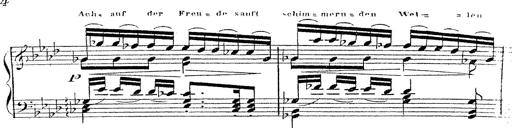
Title: 12 Lieder von Franz Schubert
Composer: Franz Liszt